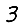
Digit: 3